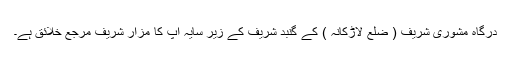
درگاہ مشوری شریف ( ضلع لاڑکانہ ) کے گنبد شریف کے زیر سایہ آپ کا مزار شریف مرجع خلائق ہے۔